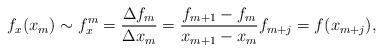
LaTeX: \begin{align*}f_x(x_{m}) \sim f^m_x = \frac{\Delta f_m}{\Delta x_m} = \frac{f_{m+1} - f_m}{x_{m+1} - x_m}f_{m+j}=f(x_{m+j}),\end{align*}